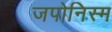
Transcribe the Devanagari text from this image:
जपोनिस्म